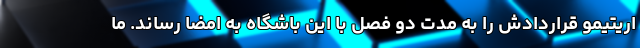
اریتیمو قراردادش را به مدت دو فصل با این باشگاه به امضا رساند. ما